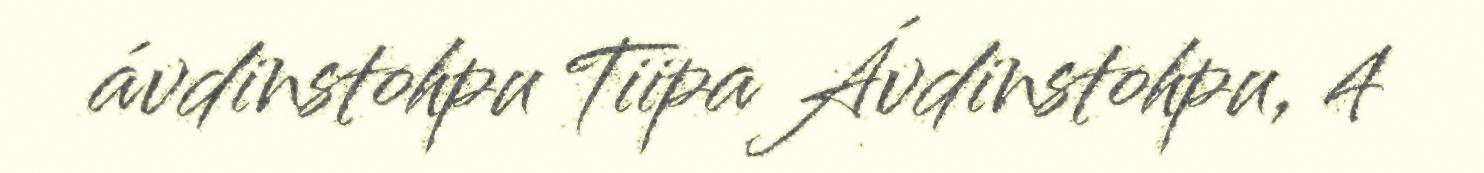
ávdinstohpu Tiipa Ávdinstohpu, 4